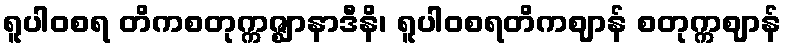
ရူပါဝစရ တိကစတုက္ကဇ္ဈာနာဒီနိ၊ ရူပါဝစရတိကဈာန် စတုက္ကဈာန်